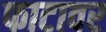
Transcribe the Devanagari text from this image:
फाटावर